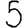
Digit: 5